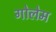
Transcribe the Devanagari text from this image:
गोलेम